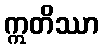
ဣတိဿာ